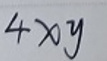
$4xy$